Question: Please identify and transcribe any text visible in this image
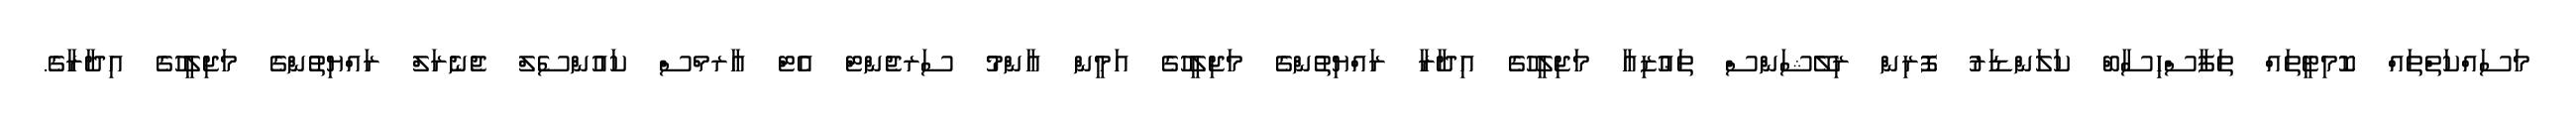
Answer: މަސައްކަތްތައް ކޮމިޓީތައް ތަފާސްހިސާބް ކަލަންޑަރު ފޮރިން ރިލޭޝަންސް ތަޢުޒިއާ މަޖިލީހުގެ އިދާރާ ރައްޔިތުންގެ މަޖިލީހުގެ އަމީން ޢާންމު ސަރޖެންޓް އެޓް އާރމްސް ކައުންސެލް ޖެނެރަލް ރައްޔިތުންގެ މަޖިލީހުގެ އިދާރާގެ.